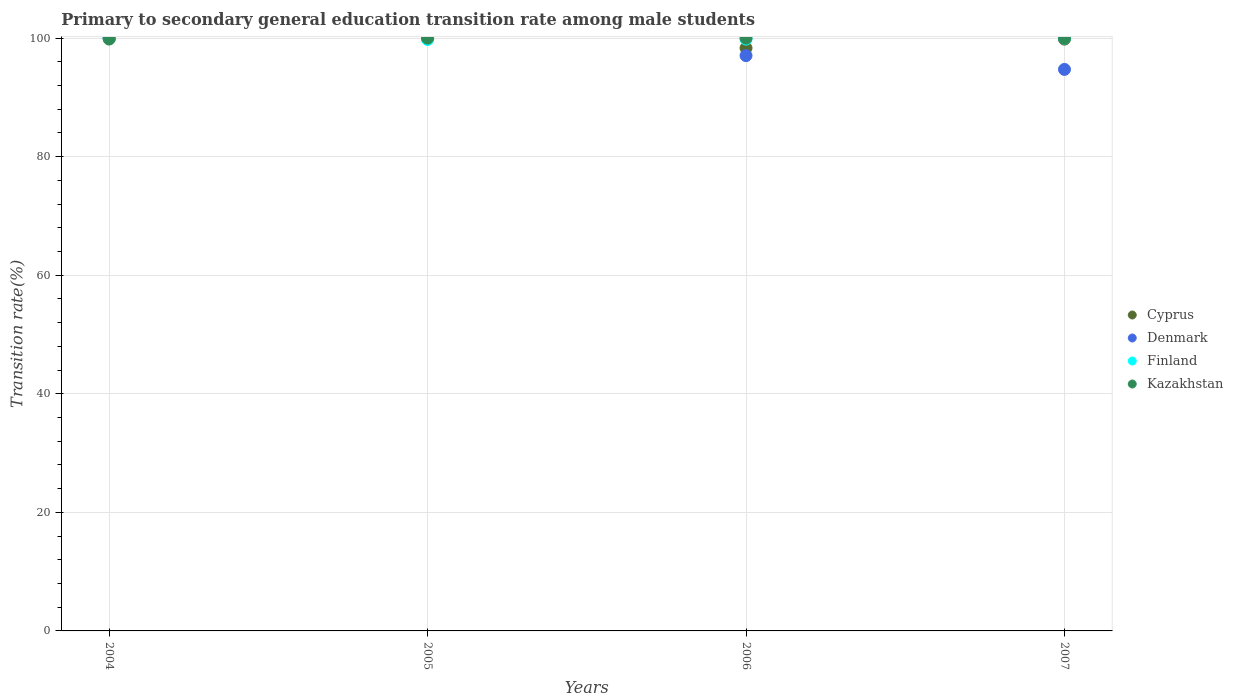
| Years | Cyprus | Denmark | Finland | Kazakhstan |
 | --- | --- | --- | --- | --- |
 | 2004 | 100 | 100 | 100 | 99.8 |
 | 2005 | 100 | 100 | 99.8 | 100 |
 | 2006 | 98.3 | 97.1 | 99.8 | 100 |
 | 2007 | 99.8 | 94.7 | 100 | 100 |